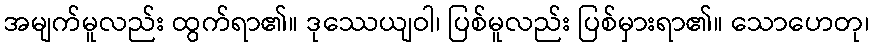
အမျက်မူလည်း ထွက်ရာ၏။ ဒုဿေယျဝါ၊ ပြစ်မူလည်း ပြစ်မှားရာ၏။ သောဟေတု၊